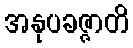
အနုပခဇ္ဇာတိ